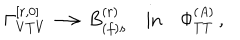
\Gamma _ { V T V } ^ { [ r , 0 ] } \longrightarrow B _ { ( f ) s } ^ { ( r ) } \quad \mathrm { { i n } } \quad \Phi _ { T T } ^ { ( A ) } \, ,